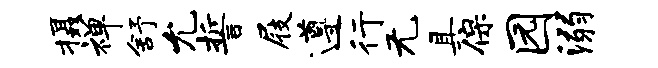
摄禅舒允誓屐遵行无具保园溺